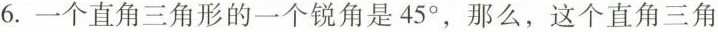
6.一个直角三角形的一个锐角是45°，那么，这个直角三角